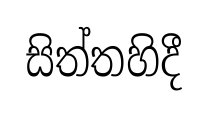
සිත්තහිදී